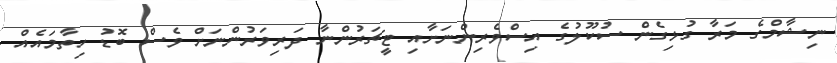
ނިޝާމްގެ މަރާ ގުޅިގެން ސުކޫލުގެ އިސްވެރިންނަށާއި ޓީޗަރުންނާ ދަރިވަރުންނަށް ވެސް ބޮޑު ހިތާމައެއް